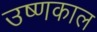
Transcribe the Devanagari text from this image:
उष्णकाल